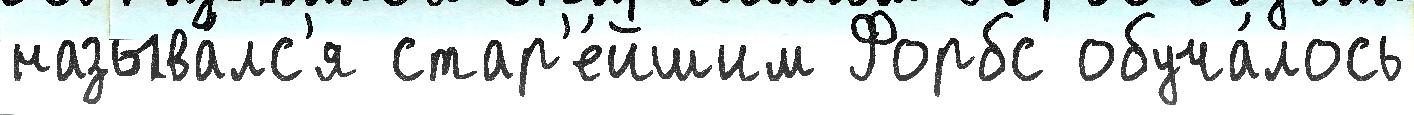
называ́лс'я стар'е́йшим Форбс обуча́лось